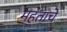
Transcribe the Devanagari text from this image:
महंताचे